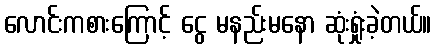
လောင်းကစားကြောင့် ငွေ မနည်းမနော ဆုံးရှုံးခဲ့တယ်။